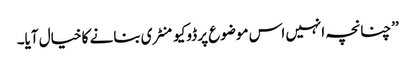
’’چنانچہ انہیں اس موضوع پر ڈوکیومنٹری بنانے کا خیال آیا۔